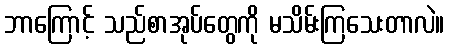
ဘာကြောင့် သည်စာအုပ်တွေကို မသိမ်းကြသေးတာလဲ။